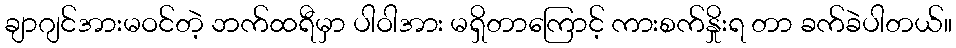
ချာဂျင်အားမဝင်တဲ့ ဘက်ထရီမှာ ပါဝါအား မရှိတာကြောင့် ကားစက်နှိုးရ တာ ခက်ခဲပါတယ်။